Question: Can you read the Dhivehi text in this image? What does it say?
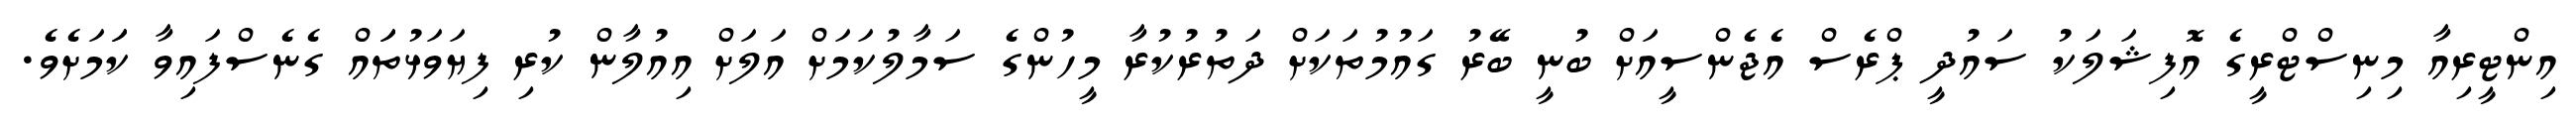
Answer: އިންޓީރިއާ މިނިސްޓްރީގެ އޮފިޝަލަކު ސައުދީ ޕްރެސް އެޖެންސީއަށް ބުނީ ބޭރު ގައުމުތަކަށް ދަތުރުކުރާ މީހުންގެ ސަމާލުކަމަށް އަލަށް އިއުލާން ކުރި ފިޔަވަޅުތަައް ގެނެސްފައިވާ ކަަމަށެވެ.